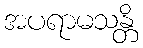
အပရာမသန္တိ